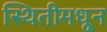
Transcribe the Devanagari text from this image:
स्थितीमधून